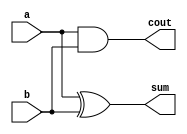
module adder(input a , input b ,output  sum,output  cout);
assign sum=a^b;
assign cout = a&b;
endmodule